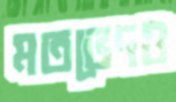
মতভেদও